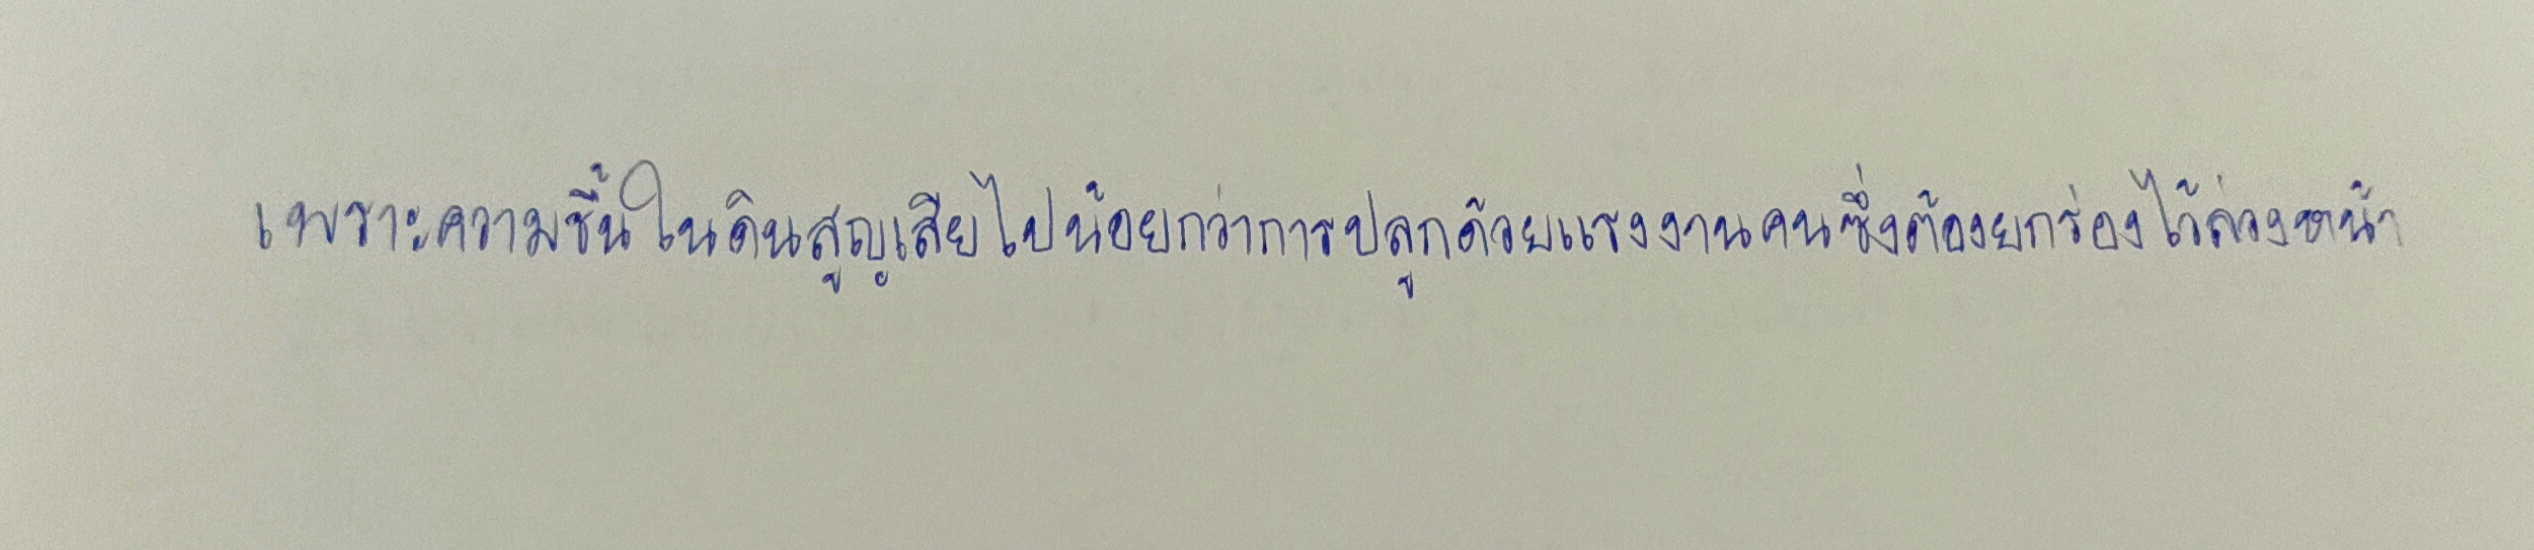
เพราะความชื้นในดินสูญเสียไปน้อยกว่าการปลูกด้วยแรงคนซึ่งต้องยกร่องไว้ล่วงหน้า